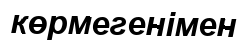
көрмегенімен